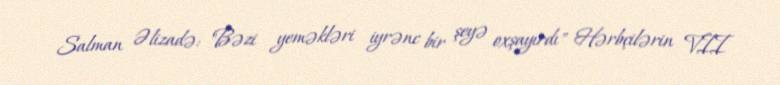
Salman Əlizadə: "Bəzi yeməkləri iyrənc bir şeyə oxşayırdı" Hərbçilərin VII